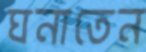
ঘনাতেন